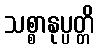
သစ္စာနုပ္ပတ္တိ